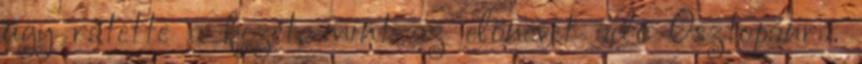
úgy rátette a kezét, mint az előnevet adó Osztopánra.